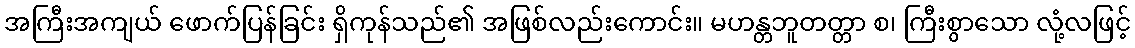
အကြီးအကျယ် ဖောက်ပြန်ခြင်း ရှိကုန်သည်၏ အဖြစ်လည်းကောင်း။ မဟန္တဘူတတ္တာ စ၊ ကြီးစွာသော လုံ့လဖြင့်